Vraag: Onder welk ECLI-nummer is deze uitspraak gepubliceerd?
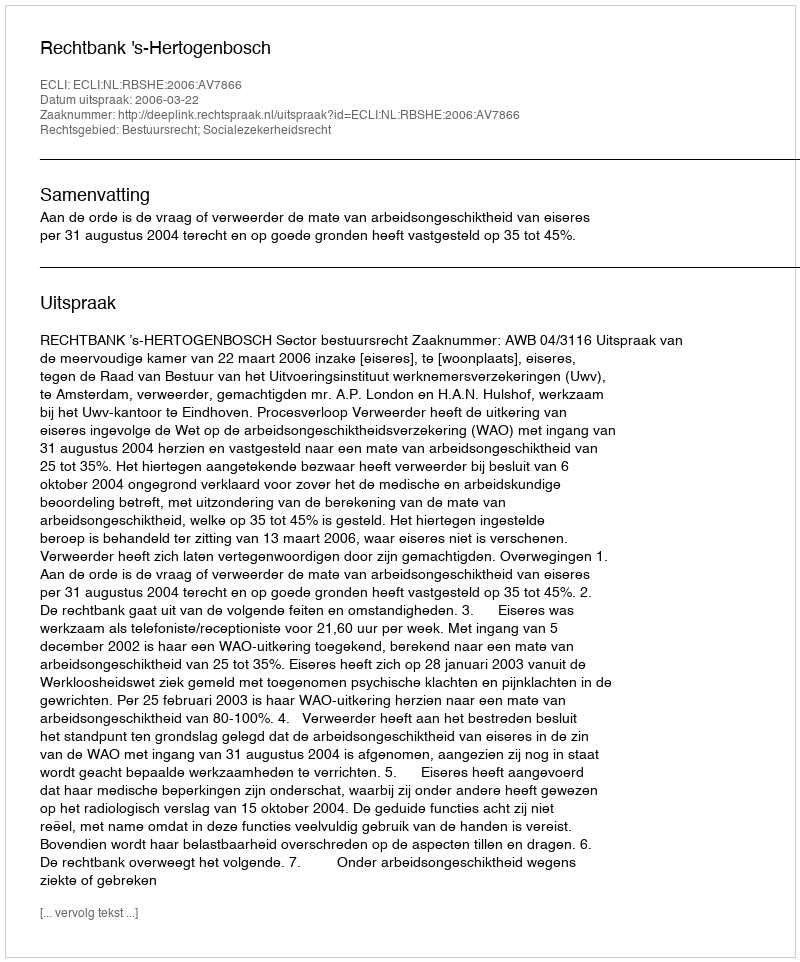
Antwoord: ECLI:NL:RBSHE:2006:AV7866